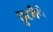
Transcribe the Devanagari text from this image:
छुटभैये